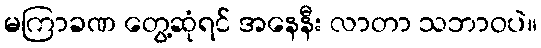
မကြာခဏ တွေ့ဆုံရင် အနေနီး လာတာ သဘာဝပဲ။